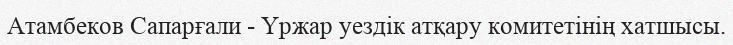
Атамбеков Сапарғали - Үржар уездік атқару комитетінің хатшысы.